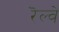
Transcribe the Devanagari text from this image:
रॆल्वे